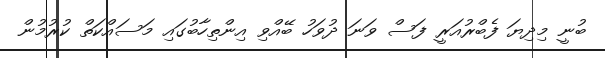
ބުނީ މިދިޔަ ފެބްރުއަރީ ފަސް ވަނަ ދުވަހު ބޭއްވި އިންތިހާބުގައި މަސައްކަތް ކުރުމުން